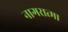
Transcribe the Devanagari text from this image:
नागरात्मा